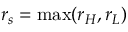
r _ { s } = \mathrm { m a x } ( r _ { H } , r _ { L } )